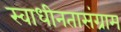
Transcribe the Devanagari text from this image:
स्वाधीनतासंग्राम